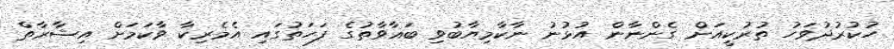
ހުކުރުދުވަހު ތުރުކީއަށް ގެންނާން އުޅުނު ނާކާމިޔާބުވި ބަޣާވާތުގެ ފަހަތުގައި އެމެރިކާ ވާކަމަށް އިޝާރާތް